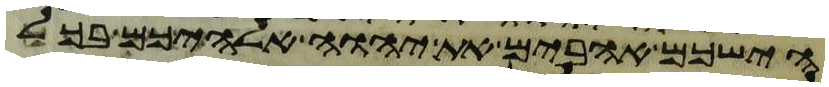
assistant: הישכם אהבים את יהוה אלהיכם בכל